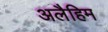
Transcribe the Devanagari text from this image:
अलैहिम